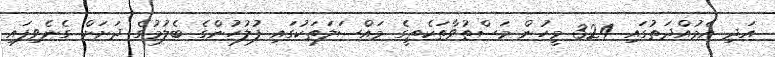
އަދި އެމުއްދަތުގައި 324 މީހުން މަސްތުވާތަކެތީގެ މައްސަލަތަކުގައި ފުލުހުންގެ ބެލުމުގެ ދަށަށް ގެނެވިފައި